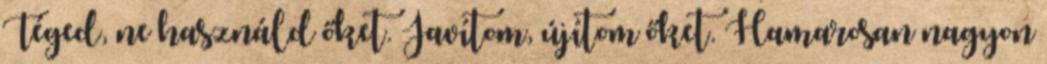
Téged, ne használd őket. Javítom, újítom őket. Hamarosan nagyon